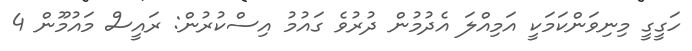
ހަގީގީ މިނިވަންކަމަކީ އަމިއްލަ އެދުމުން ދުރުވެ ގައުމު އިސްކުރުން: ރައީސް މައުމޫން 4